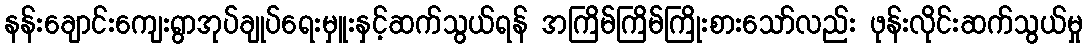
နန်းချောင်းကျေးရွာအုပ်ချုပ်ရေးမှူးနှင့်ဆက်သွယ်ရန် အကြိမ်ကြိမ်ကြိုးစားသော်လည်း ဖုန်းလိုင်းဆက်သွယ်မှု